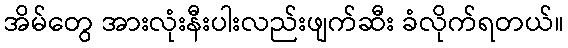
အိမ်တွေ အားလုံးနီးပါးလည်းဖျက်ဆီး ခံလိုက်ရတယ်။